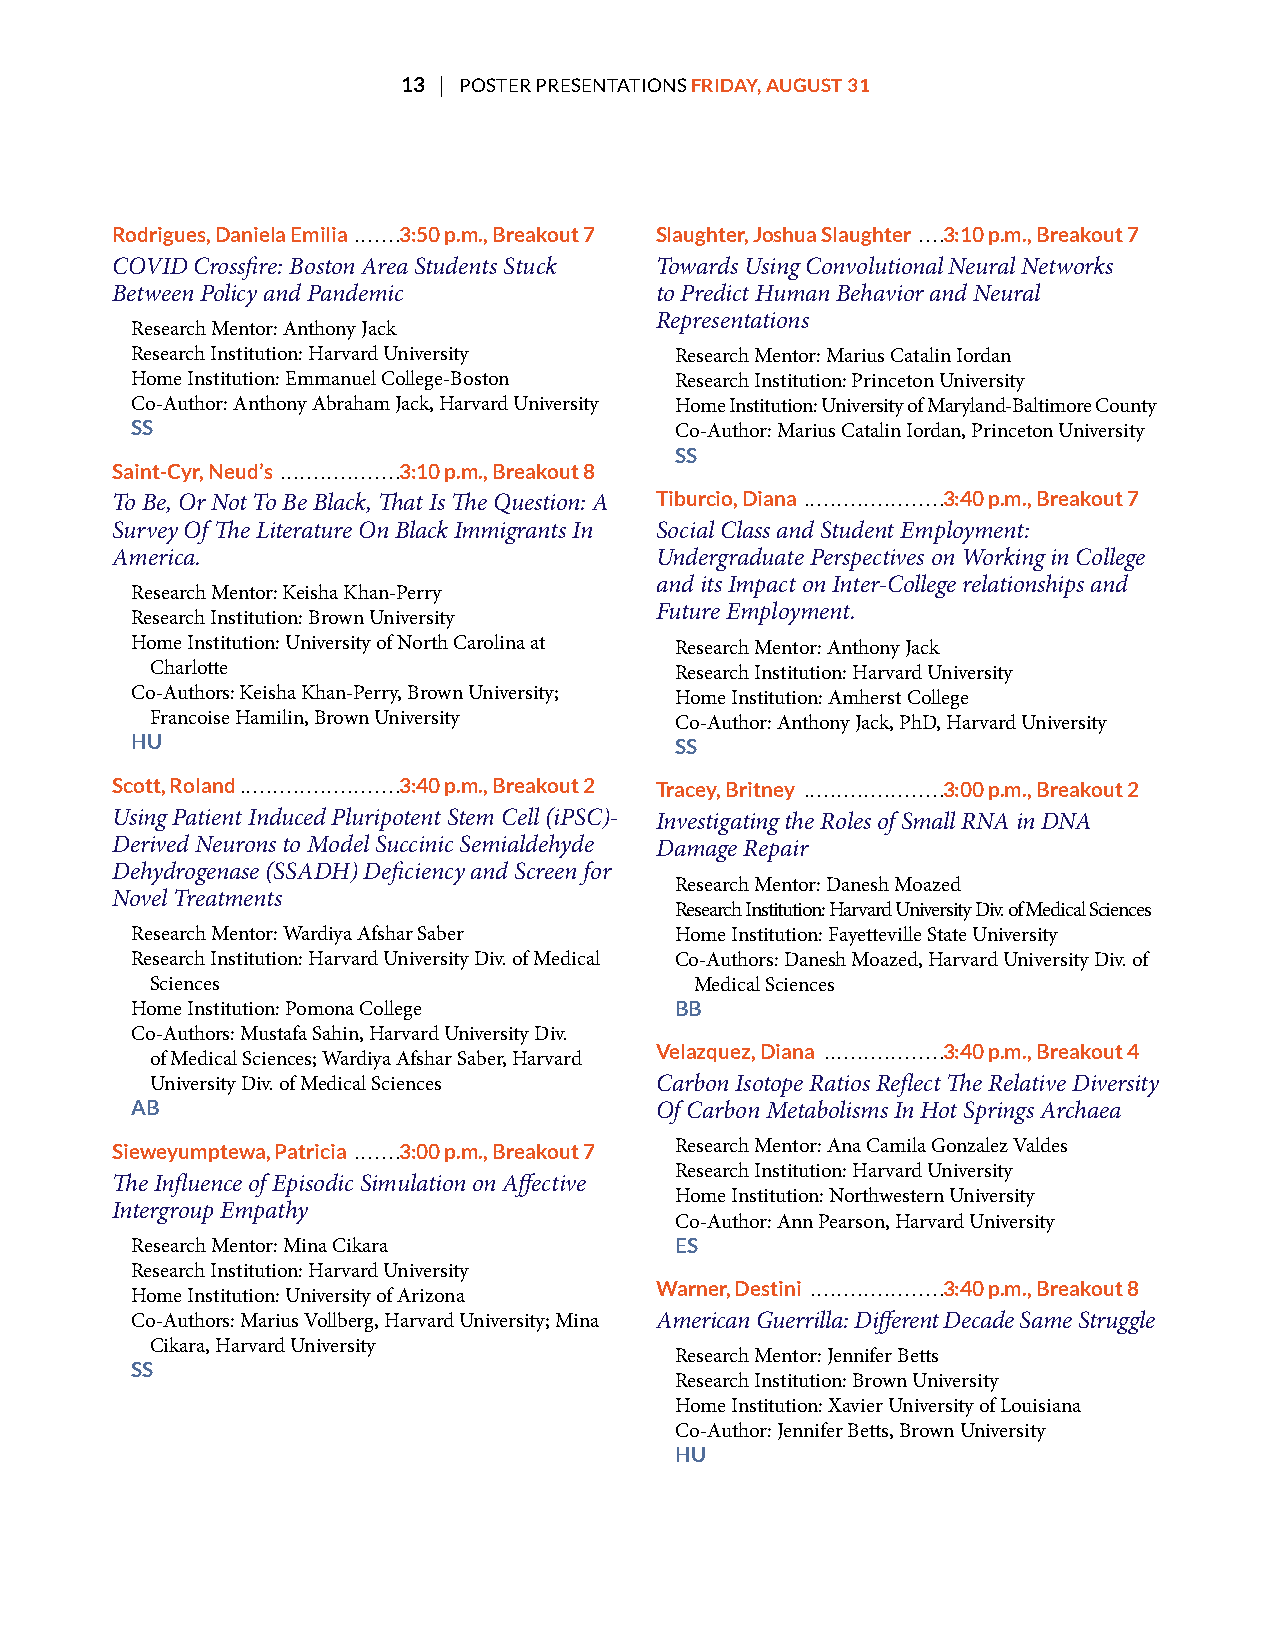
13 | POSTER PRESENTATIONS FRIDAY, AUGUST 31
 Rodrigues, Daniela Emilia .......3:50 p.m., Breakout 7 Slaughter, Joshua Slaughter ....3:10 p.m., Breakout 7
 COVID Crossfre: Boston Area Students Stuck Towards Using Convolutional Neural Networks
 Between Policy and Pandemic         to Predict Human Behavior and Neural
 Representations
 Research Mentor: Anthony Jack
 Research Institution: Harvard University Research Mentor: Marius Catalin Iordan
 Home Institution: Emmanuel College-Boston Research Institution: Princeton University
 Co-Author: Anthony Abraham Jack, Harvard University Home Institution: University of Maryland-Baltimore County
 SS                                  Co-Author: Marius Catalin Iordan, Princeton University
 SS
 Saint-Cyr, Neud’s ..................3:10 p.m., Breakout 8
 To Be, Or Not To Be Black, Tat Is Te Question: A Tiburcio, Diana .....................3:40 p.m., Breakout 7
 Survey Of Te Literature On Black Immigrants In Social Class and Student Employment:
 America.                            Undergraduate Perspectives on Working in College
 and its Impact on Inter-College relationships and
 Research Mentor: Keisha Khan-Perry
 Future Employment.
 Research Institution: Brown University
 Home Institution: University of North Carolina at Research Mentor: Anthony Jack
 Charlotte                          Research Institution: Harvard University
 Co-Authors: Keisha Khan-Perry, Brown University; Home Institution: Amherst College
 Francoise Hamilin, Brown University Co-Author: Anthony Jack, PhD, Harvard University
 HU                                  SS
 Scott, Roland ........................3:40 p.m., Breakout 2 Tracey, Britney .....................3:00 p.m., Breakout 2
 Using Patient Induced Pluripotent Stem Cell (iPSC)- Investigating the Roles of Small RNA in DNA
 Derived Neurons to Model Succinic Semialdehyde Damage Repair
 Dehydrogenase (SSADH) Defciency and Screen for
 Research Mentor: Danesh Moazed
 Novel Treatments
 Research Institution: Harvard University Div. of Medical Sciences
 Research Mentor: Wardiya Afshar Saber Home Institution: Fayetteville State University
 Research Institution: Harvard University Div. of Medical Co-Authors: Danesh Moazed, Harvard University Div. of
 Sciences                            Medical Sciences
 Home Institution: Pomona College    BB
 Co-Authors: Mustafa Sahin, Harvard University Div.
 of Medical Sciences; Wardiya Afshar Saber, Harvard
 Velazquez, Diana ..................3:40 p.m., Breakout 4
 University Div. of Medical Sciences Carbon Isotope Ratios Refect Te Relative Diversity
 AB                                Of Carbon Metabolisms In Hot Springs Archaea
 Sieweyumptewa, Patricia .......3:00 p.m., Breakout 7 Research Mentor: Ana Camila Gonzalez Valdes
 Research Institution: Harvard University
 Te Infuence of Episodic Simulation on Afective
 Home Institution: Northwestern University
 Intergroup Empathy
 Co-Author: Ann Pearson, Harvard University
 Research Mentor: Mina Cikara        ES
 Research Institution: Harvard University
 Home Institution: University of Arizona
 Warner, Destini ....................3:40 p.m., Breakout 8
 Co-Authors: Marius Vollberg, Harvard University; Mina American Guerrilla: Diferent Decade Same Struggle
 Cikara, Harvard University
 Research Mentor: Jennifer Betts
 SS
 Research Institution: Brown University
 Home Institution: Xavier University of Louisiana
 Co-Author: Jennifer Betts, Brown University
 HU